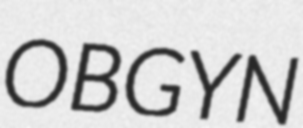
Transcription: OBGYN